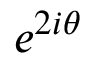
e ^ { 2 i \theta }